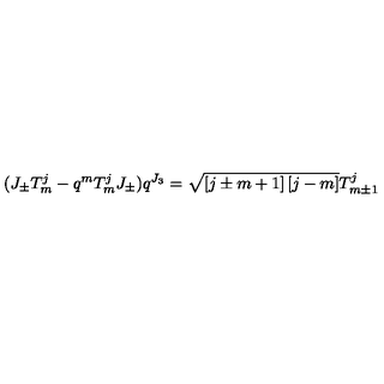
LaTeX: ( J _ { \pm } T _ { m } ^ { j } - q ^ { m } T _ { m } ^ { j } J _ { \pm } ) q ^ { J _ { 3 } } = \sqrt { \left[ j \pm m + 1 \right] \left[ j - m \right] } T _ { m \pm 1 } ^ { j }